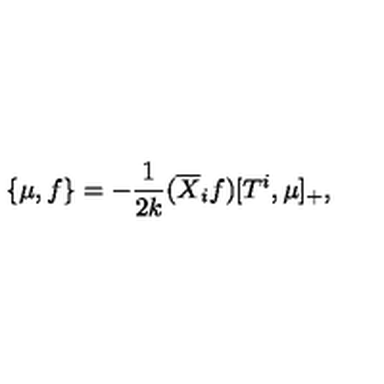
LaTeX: \left\{ \mu , f \right\} = - \frac { 1 } { 2 k } ( \overline { X } _ { i } f ) [ T ^ { i } , \mu ] _ { + } ,